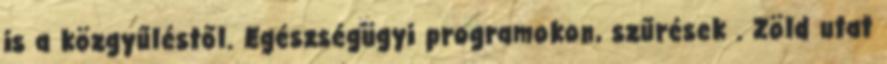
is a közgyűléstől. Egészségügyi programokon, szűrések . Zöld utat